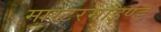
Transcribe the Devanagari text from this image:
मास्टरमाइण्ड